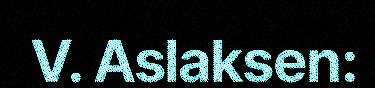
V. Aslaksen: